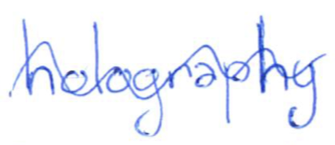
Text: holography
Cross-out: wave
Writing tool: ballpoint